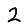
Digit: 2